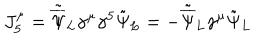
J _ { 5 } ^ { \mu } = { \tilde { \overline { { \Psi } } } } _ { L } \gamma ^ { \mu } \gamma ^ { 5 } \tilde { \Psi } _ { L } = - { \tilde { \overline { { \Psi } } } } _ { L } \gamma ^ { \mu } \tilde { \Psi } _ { L }